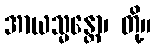
အာယသ္မန္တော၊ တို့။